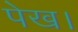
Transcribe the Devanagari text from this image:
पेख।